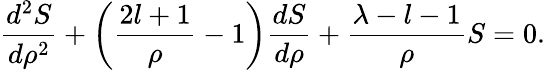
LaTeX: \frac{d^{2}S}{d\rho^{2}}+\left(\frac{2l+1}{\rho}-1\right)\frac{dS}{d\rho}+\frac{\lambda-l-1}{\rho}S=0.